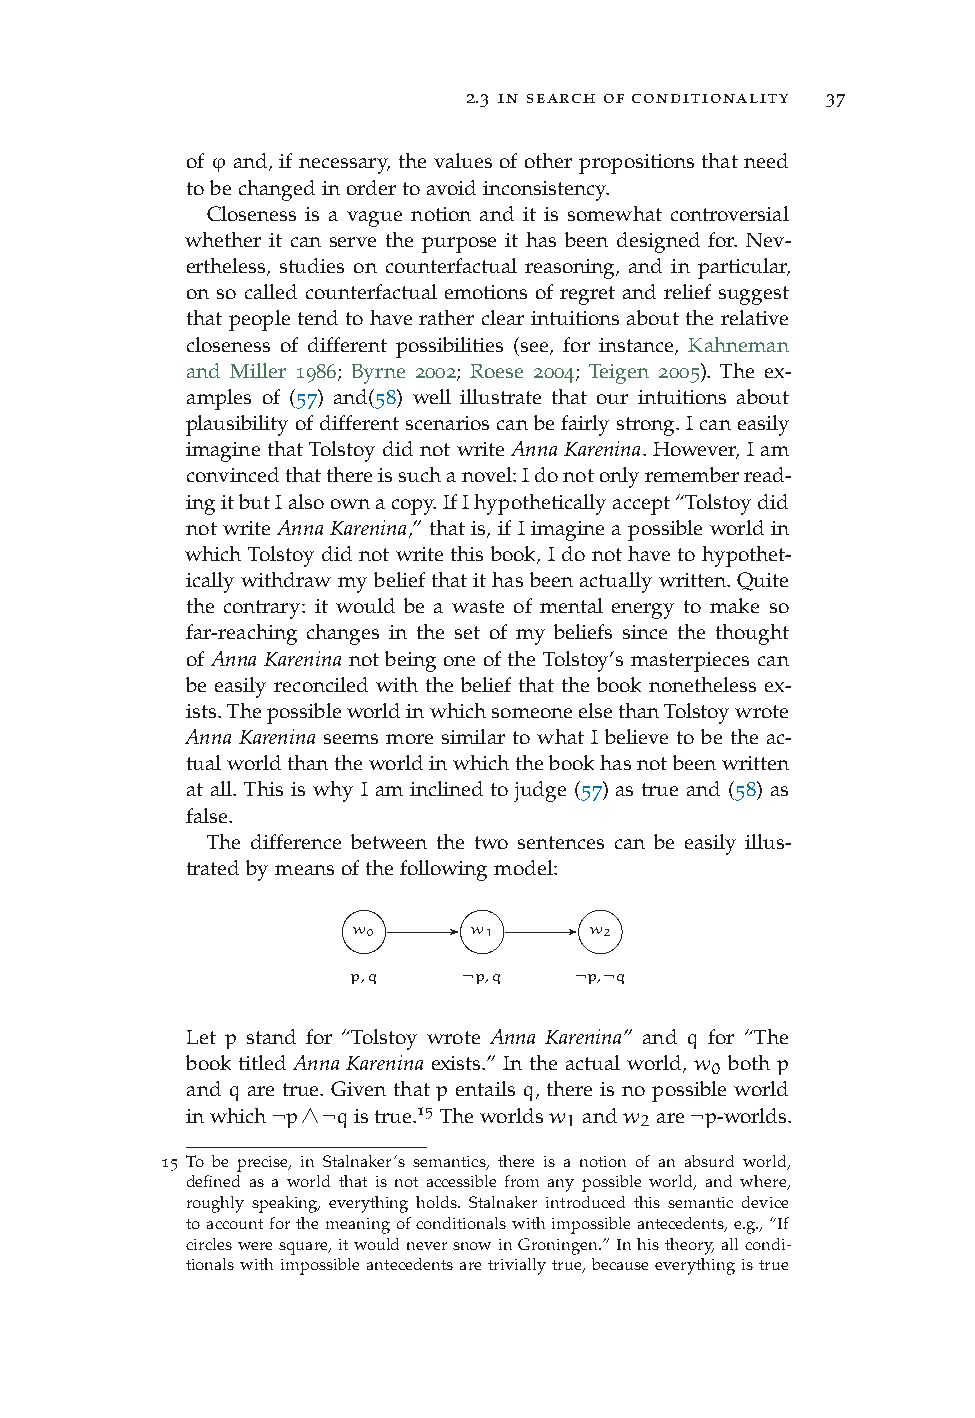
2.3 in search of conditionality 37
 of ϕ and, if necessary, the values of other propositions that need
 tobechangedinordertoavoidinconsistency.
 Closeness is a vague notion and it is somewhat controversial
 whether it can serve the purpose it has been designed for. Nev-
 ertheless, studies on counterfactual reasoning, and in particular,
 on so called counterfactual emotions of regret and relief suggest
 that people tend to have rather clear intuitions about the relative
 closeness of different possibilities (see, for instance, Kahneman
 and Miller 1986; Byrne 2002; Roese 2004; Teigen 2005). The ex-
 amples of (57) and(58) well illustrate that our intuitions about
 plausibilityofdifferentscenarioscanbefairlystrong.Icaneasily
 imagine that Tolstoy did not write AnnaKarenina. However, I am
 convincedthatthereissuchanovel:Idonotonlyrememberread-
 ingitbutIalsoownacopy.IfIhypotheticallyaccept“Tolstoydid
 not write AnnaKarenina,” that is, if I imagine a possible world in
 which Tolstoy did not write this book, I do not have to hypothet-
 ically withdraw mybelief that it has beenactually written. Quite
 the contrary: it would be a waste of mental energy to make so
 far-reaching changes in the set of my beliefs since the thought
 of Anna Karenina not being one of the Tolstoy’s masterpieces can
 be easily reconciled with the belief that the book nonetheless ex-
 ists.ThepossibleworldinwhichsomeoneelsethanTolstoywrote
 Anna Karenina seems more similar to what I believe to be the ac-
 tualworldthantheworldinwhichthebookhasnotbeenwritten
 at all. This is why I am inclined to judge (57) as true and (58) as
 false.
 The difference between the two sentences can be easily illus-
 tratedbymeansofthefollowingmodel:
 w0      w1      w2
 p,q     ¬p,q   ¬p,¬q
 Let p stand for “Tolstoy wrote Anna Karenina” and q for “The
 book titled Anna Karenina exists.” In the actual world, w 0 both p
 and q are true. Given that p entails q, there is no possible world
 inwhich¬p∧¬qistrue.15 Theworldsw
 1
 andw
 2
 are¬p-worlds.
 15 To be precise, in Stalnaker’s semantics, there is a notion of an absurd world,
 defined as a world that is not accessible from any possible world, and where,
 roughly speaking, everything holds. Stalnaker introduced this semantic device
 toaccountforthemeaningofconditionalswithimpossibleantecedents,e.g.,“If
 circlesweresquare,itwouldneversnowinGroningen.”Inhistheory,allcondi-
 tionalswithimpossibleantecedentsaretriviallytrue,becauseeverythingistrue